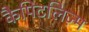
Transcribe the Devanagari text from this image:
कैपिटलिज़्म